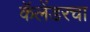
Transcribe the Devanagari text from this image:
कॅलेंडरचा